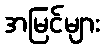
အမြင်များ